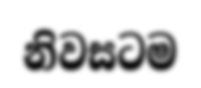
නිවසටම